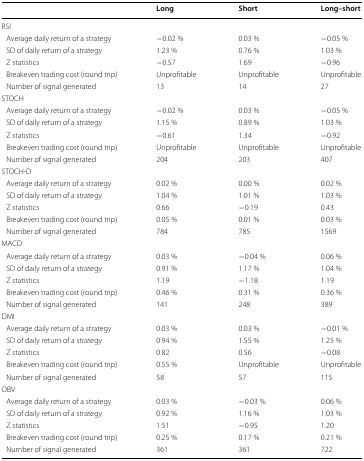
|  | Long | Short | Long–short |
 | --- | --- | --- | --- |
 | <COLSPAN=4> RSI |
 | Average daily return of a strategy | −0.02 % | 0.03 % | −0.05 % |
 | SD of daily return of a strategy | 1.23 % | 0.76 % | 1.03 % |
 | Z statistics | −0.57 | 1.69 | −0.96 |
 | Breakeven trading cost (round trip) | Unprofitable | Unprofitable | Unprofitable |
 | Number of signal generated | 13 | 14 | 27 |
 | <COLSPAN=4> STOCH |
 | Average daily return of a strategy | −0.02 % | 0.03 % | −0.05 % |
 | SD of daily return of a strategy | 1.15 % | 0.89 % | 1.03 % |
 | Z statistics | −0.61 | 1.34 | −0.92 |
 | Breakeven trading cost (round trip) | Unprofitable | Unprofitable | Unprofitable |
 | Number of signal generated | 204 | 203 | 407 |
 | <COLSPAN=4> STOCH-D |
 | Average daily return of a strategy | 0.02 % | 0.00 % | 0.02 % |
 | SD of daily return of a strategy | 1.04 % | 1.01 % | 1.03 % |
 | Z statistics | 0.66 | −0.19 | 0.43 |
 | Breakeven trading cost (round trip) | 0.05 % | 0.01 % | 0.03 % |
 | Number of signal generated | 784 | 785 | 1569 |
 | <COLSPAN=4> MACD |
 | Average daily return of a strategy | 0.03 % | −0.04 % | 0.06 % |
 | SD of daily return of a strategy | 0.91 % | 1.17 % | 1.04 % |
 | Z statistics | 1.19 | −1.18 | 1.19 |
 | Breakeven trading cost (round trip) | 0.46 % | 0.31 % | 0.36 % |
 | Number of signal generated | 141 | 248 | 389 |
 | <COLSPAN=4> DMI |
 | Average daily return of a strategy | 0.03 % | 0.03 % | −0.01 % |
 | SD of daily return of a strategy | 0.94 % | 1.55 % | 1.25 % |
 | Z statistics | 0.82 | 0.56 | −0.08 |
 | Breakeven trading cost (round trip) | 0.55 % | Unprofitable | Unprofitable |
 | Number of signal generated | 58 | 57 | 115 |
 | <COLSPAN=4> OBV |
 | Average daily return of a strategy | 0.03 % | −0.03 % | 0.06 % |
 | SD of daily return of a strategy | 0.92 % | 1.16 % | 1.03 % |
 | Z statistics | 1.51 | −0.95 | 1.20 |
 | Breakeven trading cost (round trip) | 0.25 % | 0.17 % | 0.21 % |
 | Number of signal generated | 361 | 361 | 722 |